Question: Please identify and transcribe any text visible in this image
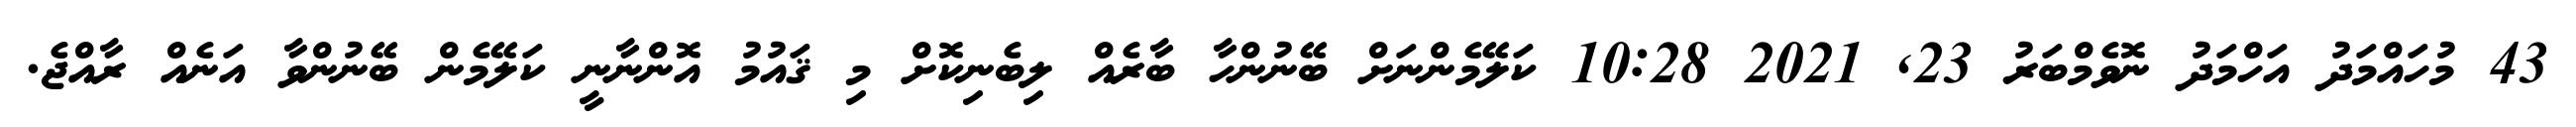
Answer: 43 މުހައްމަދު އަހްމަދު ނޮވެމްބަރު 23, 2021 10:28 ކަލޭމެންނަށް ބޭނުންހާ ބާރެއް ލިބެނިކޮށް މި ޤައުމު އޮންނާނީ ކަލޭމެން ބޭނުންވާ އަނެއް ރާއްޖެ.